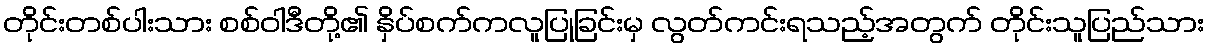
တိုင်းတစ်ပါးသား စစ်ဝါဒီတို့၏ နှိပ်စက်ကလူပြုခြင်းမှ လွတ်ကင်းရသည့်အတွက် တိုင်းသူပြည်သား